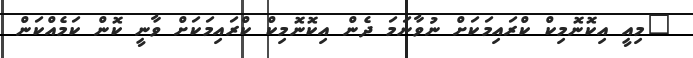
"މިއީ އިކޮނޮމިކް ކްރައިމަކަށް ނުވާނަމަ ދެން އިކޮނޮމިކް ކްރައިމަކަށް ވާނީ ކޮން ކަމެއްކަން